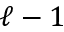
\ell - 1